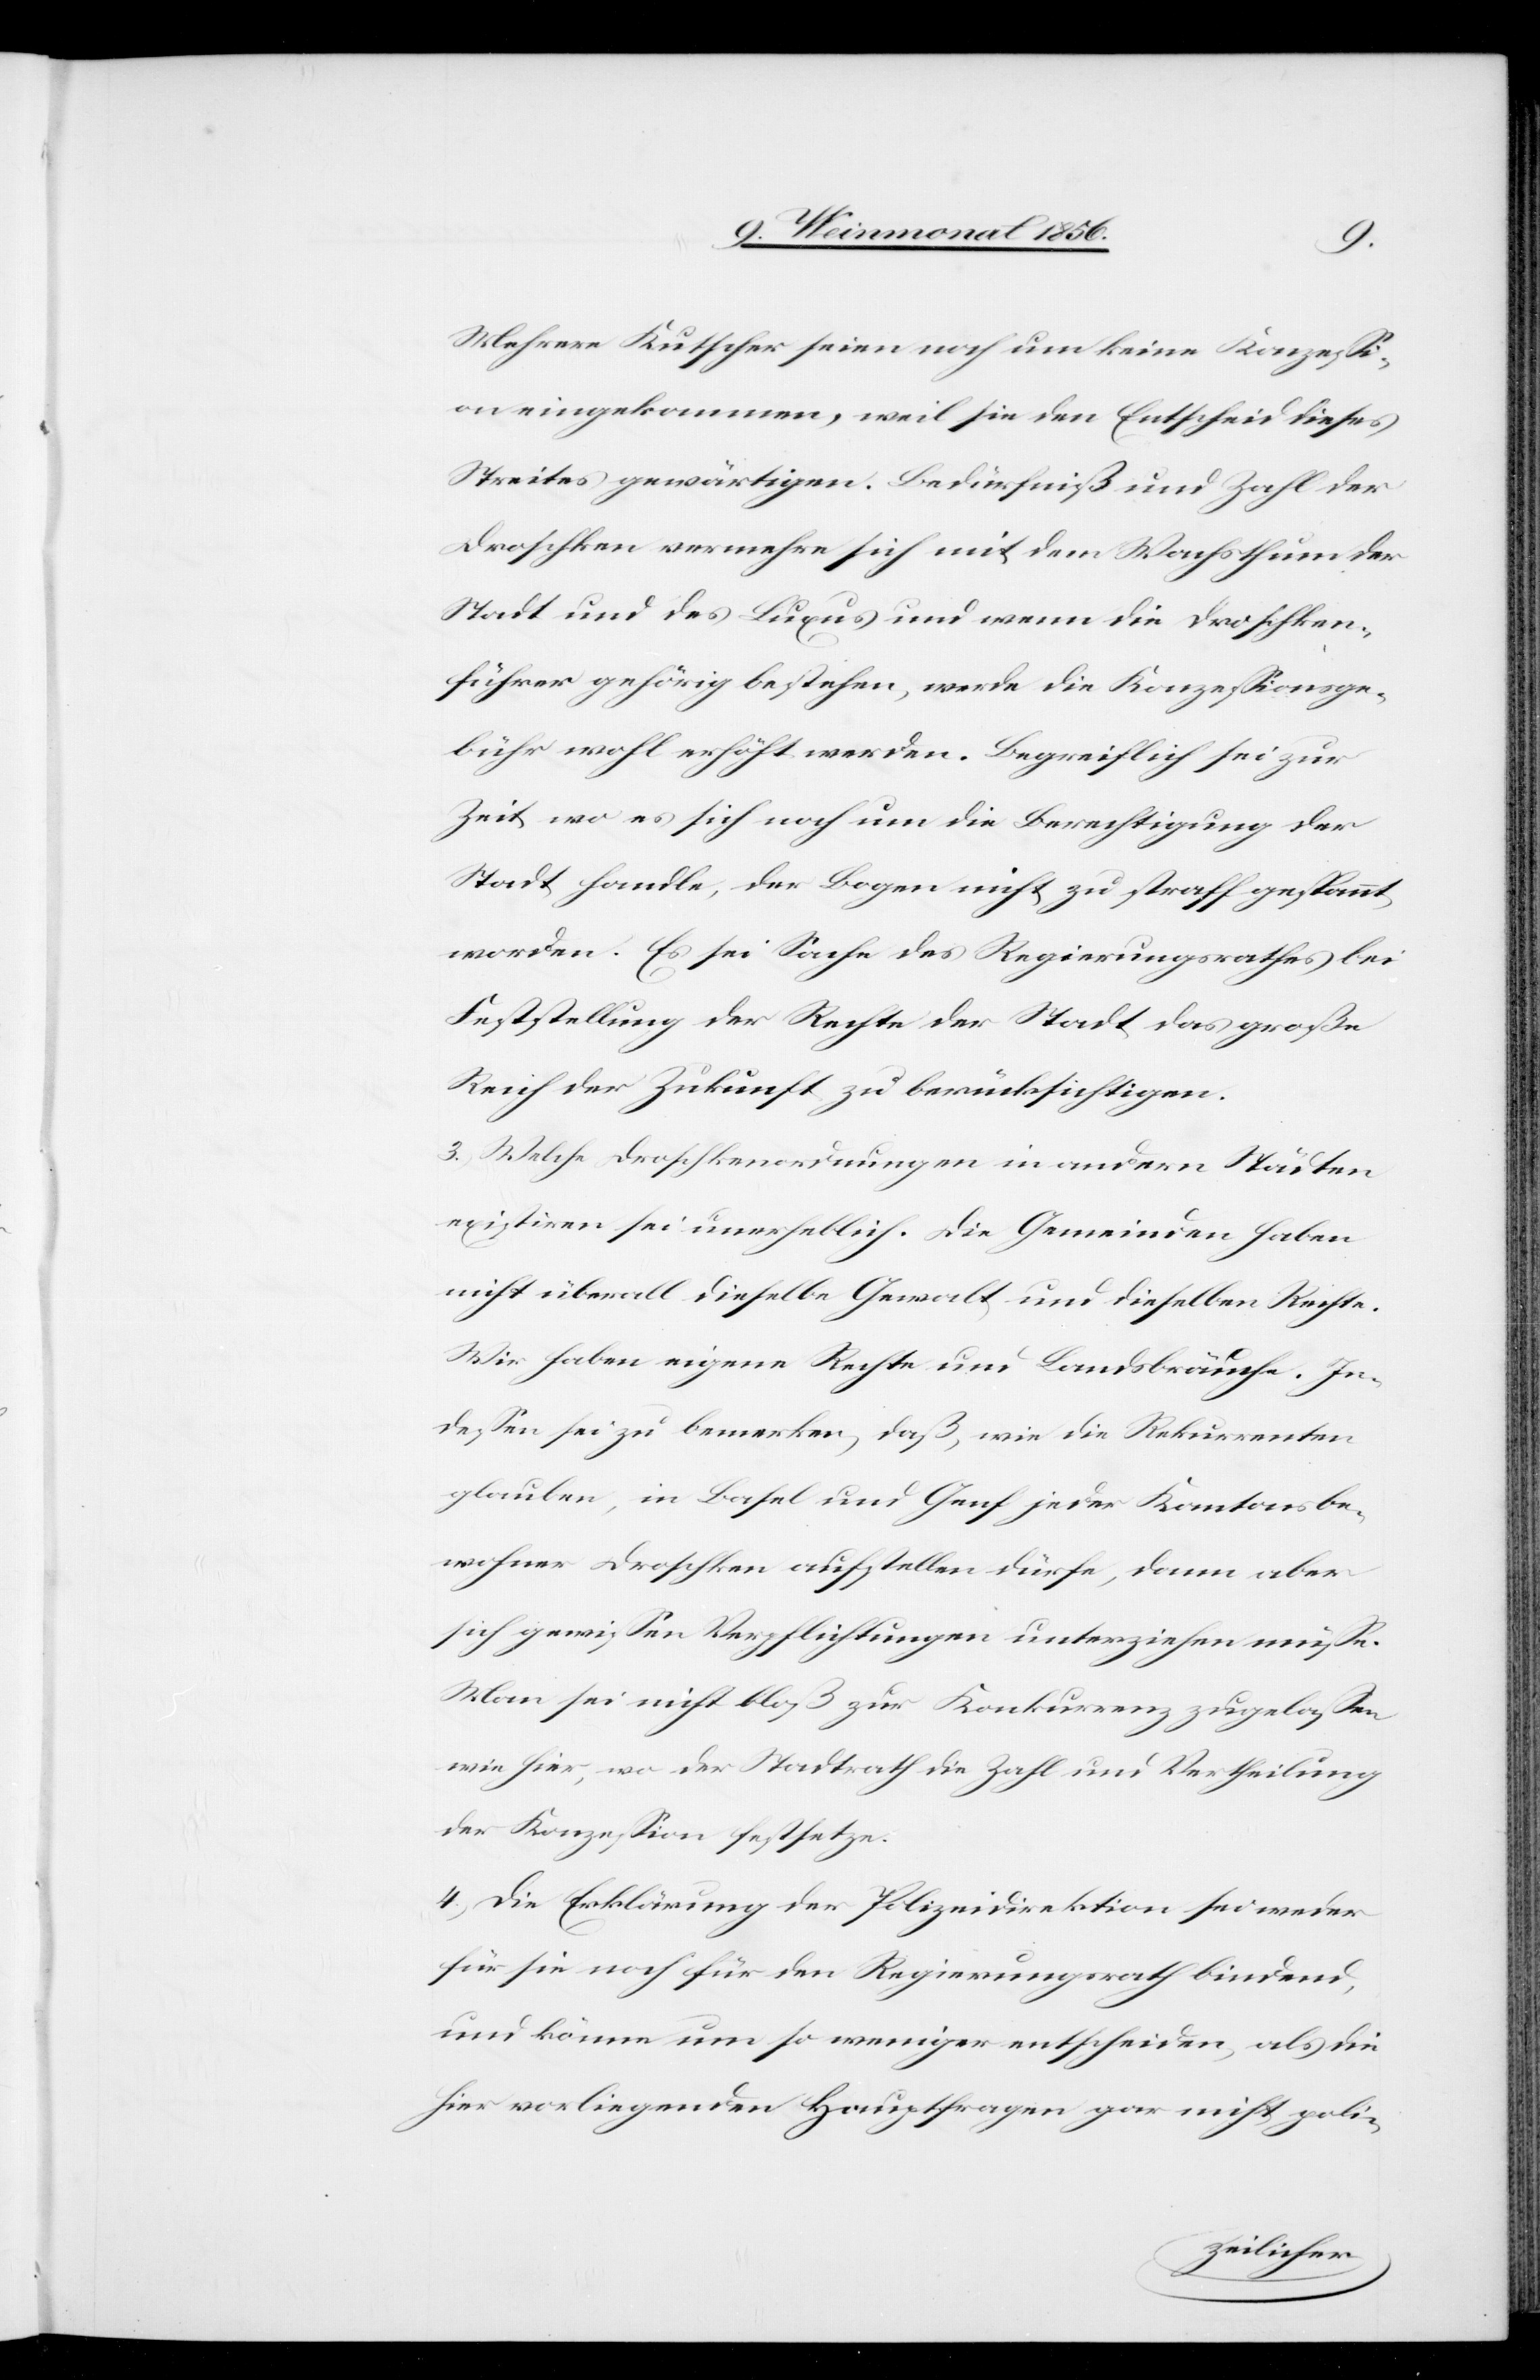
Mehrere Kutscher seien noch um keine Konzessi¬
on eingekommen, weil sie den Entscheid dieses
Streites gewärtigen. Bedürfniß und Zahl der
Droschken vermehre sich mit dem Wachsthum der
Stadt und des Luxus und wenn die Droschken¬
führer gehörig bestehen, werde die Konzessionsge¬
bühr wohl erhöht werden. Begreiflich sei zur
Stadt handle, der Bogen nicht zu straff gespannt
worden. Es sei Sache des Regierungsrathes bei
Feststellung der Rechte der Stadt das große
Reich der Zukunft zu berücksichtigen.
3.) Welche Droschkenordnungen in andern Städten
existiren sei unerheblich. Die Gemeinden haben
nicht überall dieselbe Gewalt und dieselben Rechte.
Wir haben eigene Rechte und Landsbräuche. In¬
dessen sei zu bemerken, daß, wie die Rekurrenten
glauben, in Basel und Genf jeder Kantonsbe¬
wohner Droschken aufstellen dürfe, dann aber
sich gewissen Verpflichtungen unterziehen müsse.
Man sei nicht bloß zur Konkurrenz zugelassen
wie hier, wo der Stadtrath die Zahl und Vertheilung
der Konzession festsetze.
4.) Die Erklärung der Polizeidirektion sei weder
für sie noch für den Regierungsrath bindend,
und könne um so weniger entscheiden, als die
hier vorliegenden Hauptfragen gar nicht poli-